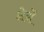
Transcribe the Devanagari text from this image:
क्षेर्त्रों